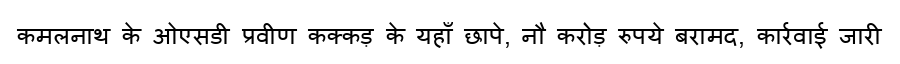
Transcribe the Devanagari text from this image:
कमलनाथ के ओएसडी प्रवीण कक्कड़ के यहाँ छापे, नौ करोड़ रुपये बरामद, कार्रवाई जारी